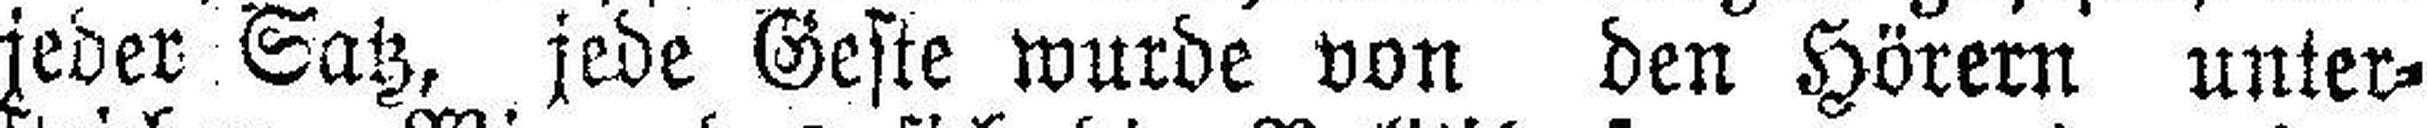
jeder Satz, jede Geste wurde von den Hörern unter¬